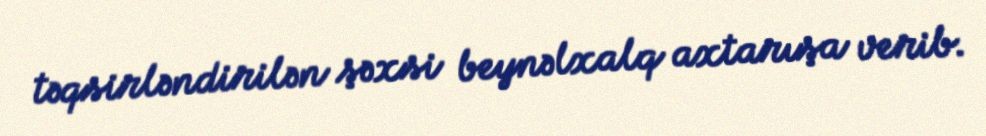
təqsirləndirilən şəxsi beynəlxalq axtarışa verib.